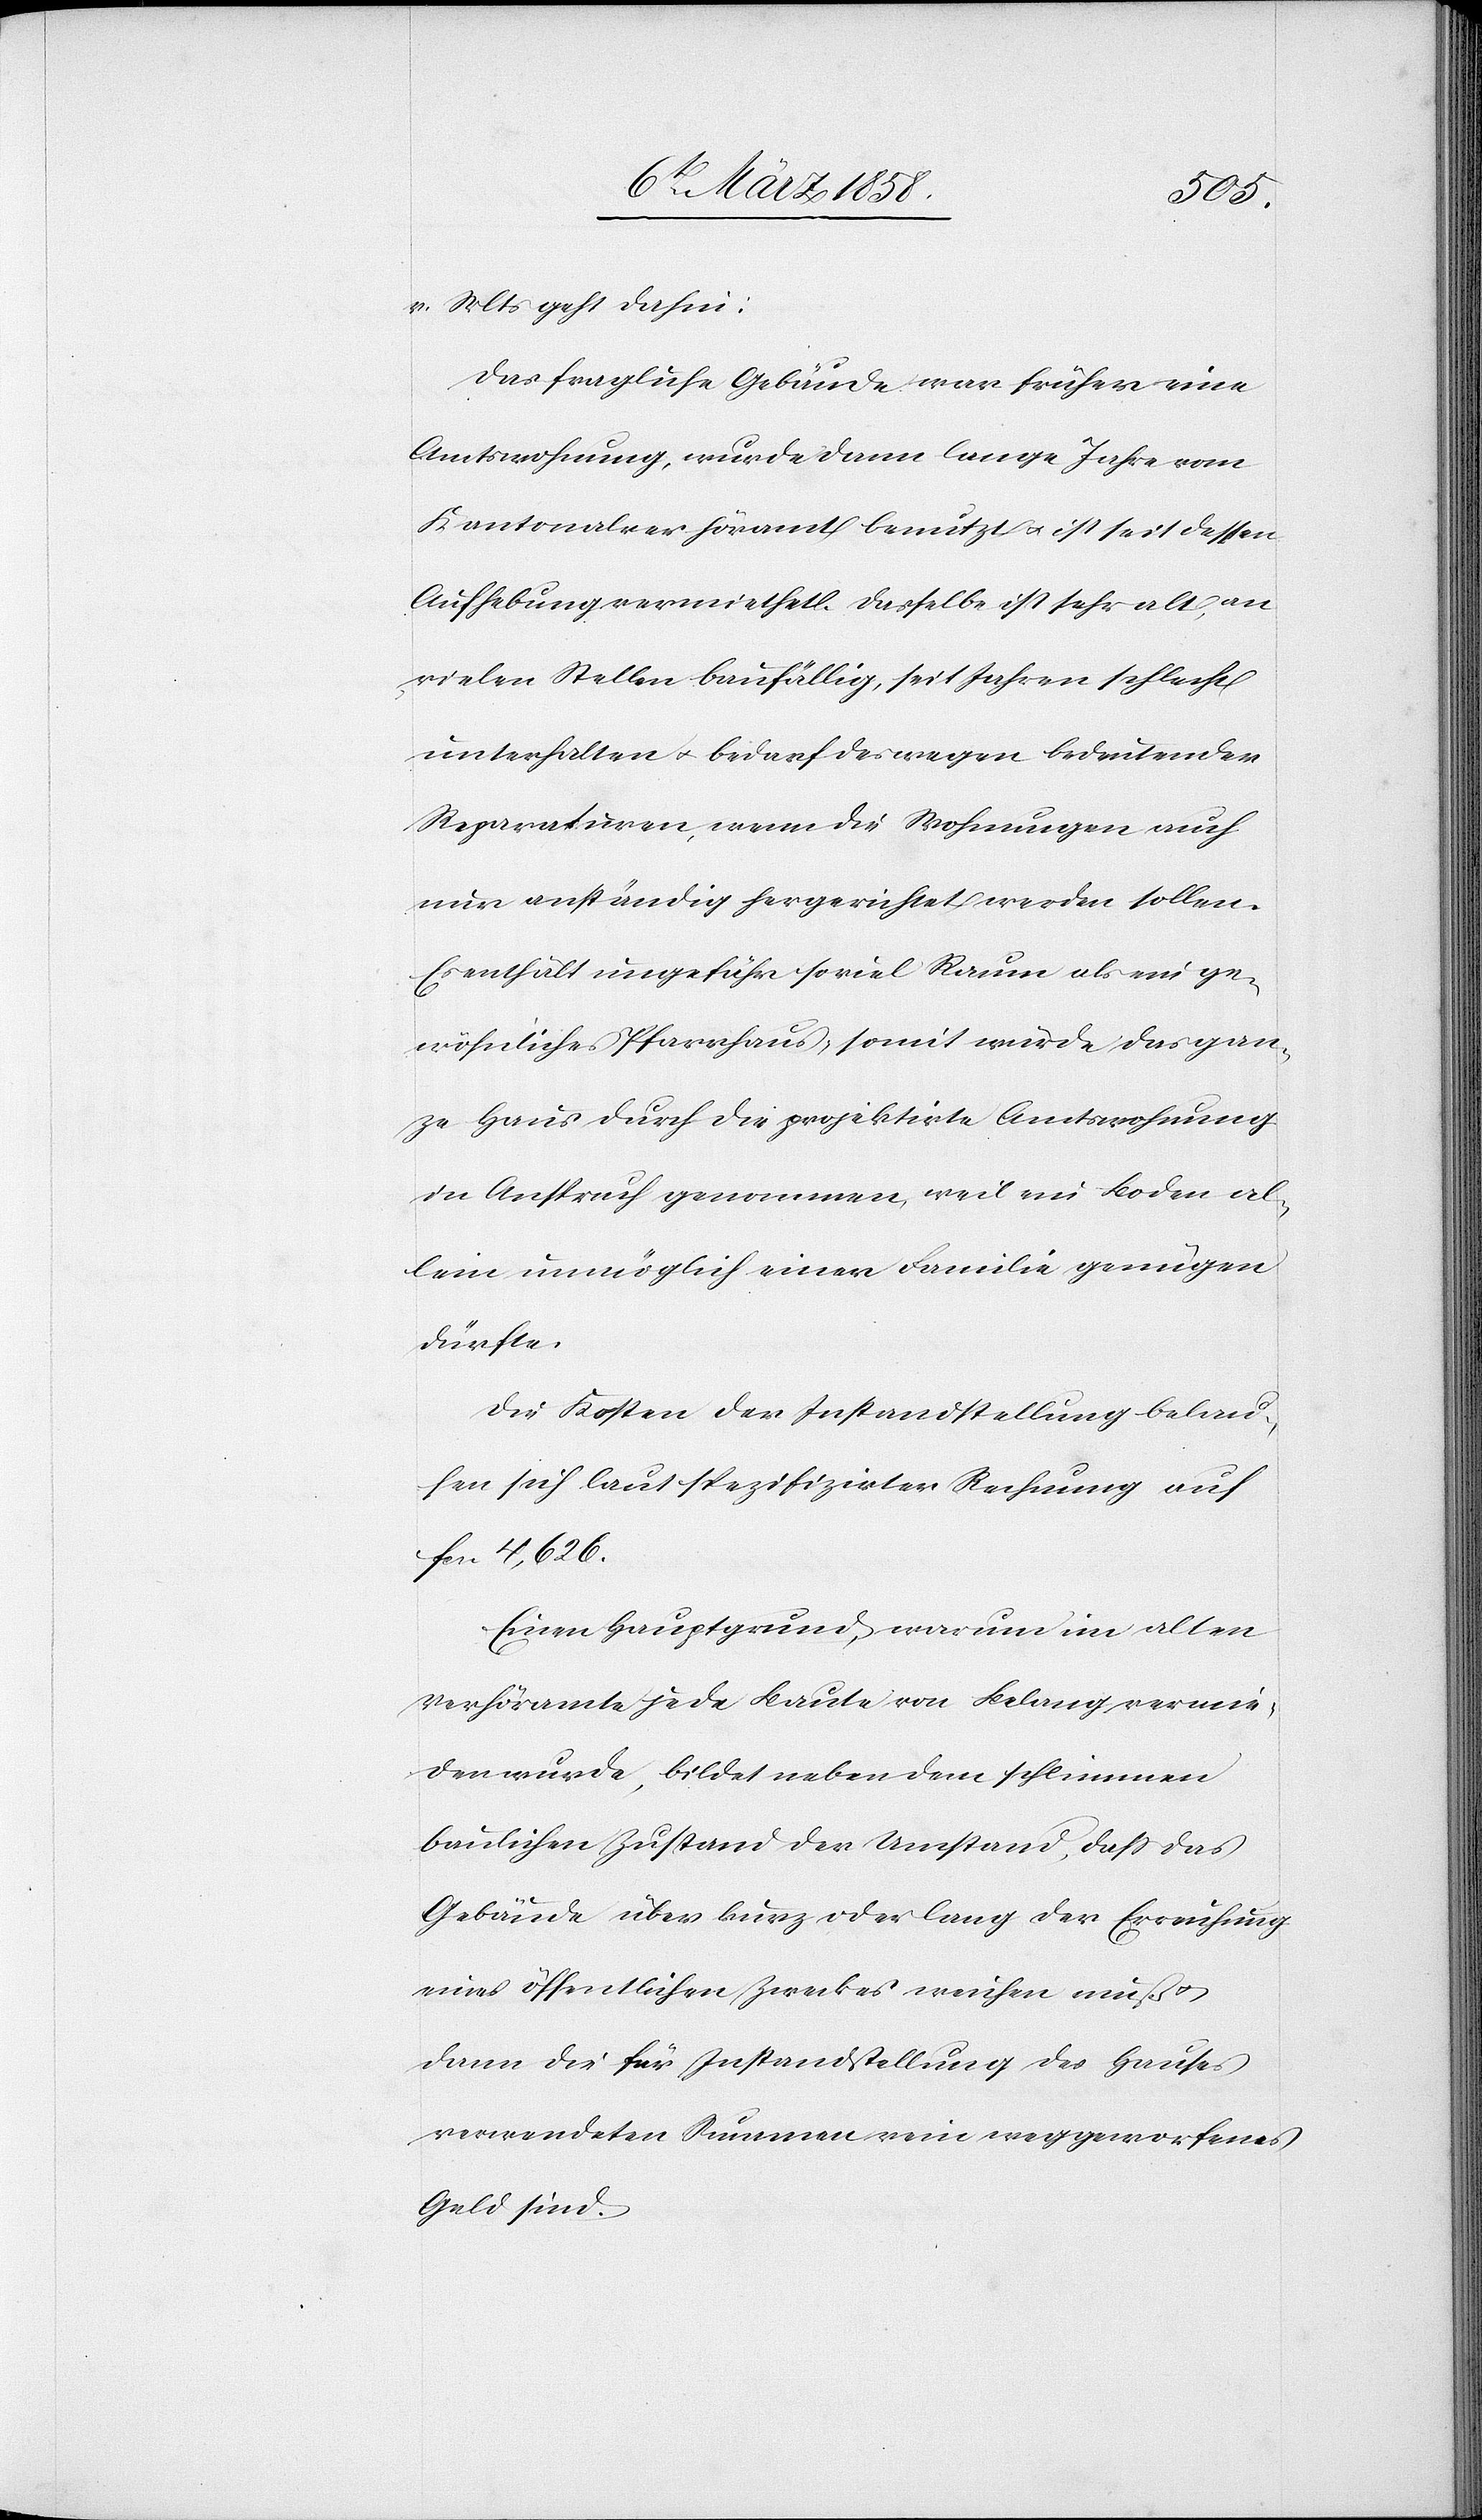
v. Mts. geht dahin:
Das fragliche Gebäude war früher eine
Amtswohnung, wurde dann lange Jahre vom
Kantonalverhöramt benutzt u. ist seit dessen
Aufhebung vermiethet. Dasselbe ist sehr alt, an
vielen Stellen baufällig, seit Jahren schlecht
unterhalten u. bedarf deswegen bedeutender
Reparaturen, wenn die Wohnungen auch
nur anständig hergerichtet werden sollen.
Es enthält ungefähr soviel Raum als ein ge¬
wöhnliches Pfarrhaus, somit würde das gan¬
ze Haus durch die projektirte Amtswohnung
in Anspruch genommen, weil ein Boden al¬
lein unmöglich einer Familie genügen
dürfte.
Die Kosten der Instandstellung belau¬
fen sich laut spezifizirter Rechnung auf
fcs. 4,626.
Einen Hauptgrund, warum im alten
Verhöramte jede Baute von Belang vermie¬
den wurde, bildet neben dem schlimmen
baulichen Zustand der Umstand, daß das
Gebäude über kurz oder lang der Errichtung
eines öffentlichen Zweckes weichen muß u.
dann die für Instandstellung des Hauses
verwendeten Summen wie weggeworfenes
Geld sind.